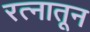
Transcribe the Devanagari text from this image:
रत्‍नातून